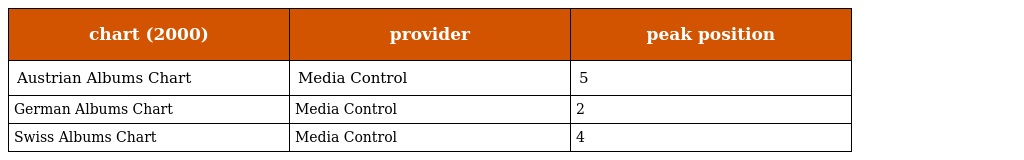
| chart (2000) | provider | peak position |
 | --- | --- | --- |
 | Austrian Albums Chart | Media Control | 5 |
 | German Albums Chart | Media Control | 2 |
 | Swiss Albums Chart | Media Control | 4 |